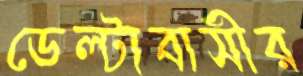
ডেল্টাবাসীর